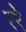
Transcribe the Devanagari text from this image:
ररे